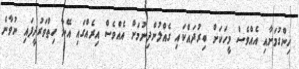
ހިންގުމަށާއި އެއްވެސް މީހަކަށް ބިރުދައްކައި ގެއްލުންދިނުމަށް އެއްވެސް އިރެއްގައި އޭނާ ހިތްވަރުދީފައި ނުވާނެ